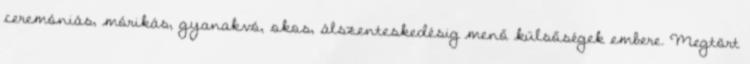
ceremóniás, mórikás, gyanakvó, okos, álszenteskedésig menő külsőségek embere. Megtört